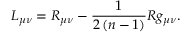
L _ { \mu \nu } = R _ { \mu \nu } - \frac { 1 } { 2 \left( n - 1 \right) } R g _ { \mu \nu } .